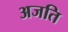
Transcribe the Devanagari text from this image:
अजति